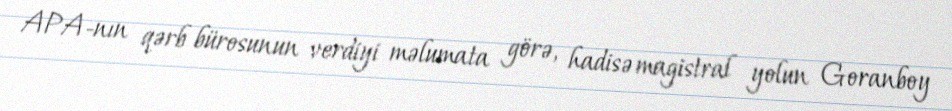
APA-nın qərb bürosunun verdiyi məlumata görə, hadisə magistral yolun Goranboy